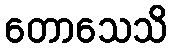
တောသေသိ